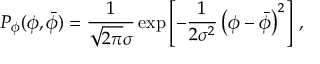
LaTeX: P _ { \phi } ( \phi , \bar { \phi } ) = \frac { 1 } { \sqrt { 2 \pi } \sigma } \exp \left[ - \frac { 1 } { 2 \sigma ^ { 2 } } \left( \phi - \bar { \phi } \right) ^ { 2 } \right] \, ,